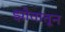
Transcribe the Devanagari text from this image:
झोतातून